Report on vaccination in Madras 1904-1921 - 1904-1921
Year: 1904
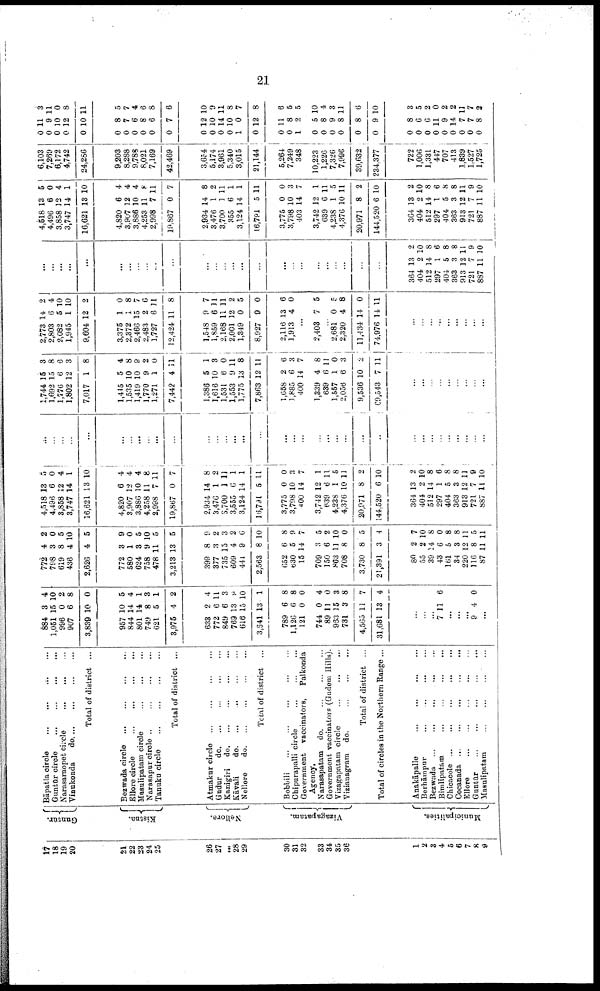
21
17
18
19
20
21
22
23
24
25
26
27
...
28
29
30
31
32
33
34
35
36
1
2
3
4
5
6
7
8
9
Guntūr.
Kistna.
Nellore.
Vizagapatam.
Municipalities.
Bāpatla circle ... ... ... ...
Guntūr circle
...
...
...
...
Narasaraopet circle
...
...
...
Vinukonda
d
o
. ... ... ... ...
Total of district ...
Bezwada circle ... ... ... ...
Ellore circle
...
...
...
...
Masulipatam circle
...
...
...
Narasapur circle
...
...
...
...
Tanuku circle
...
...
...
...
Total of district ...
Atmakur circle
...
...
...
...
Gudur
d
o
. ... ... ... ...
Kanigiri d
o
. ... ... ... ...
Kāvali
d
o
. ... ... ... ...
Nellore
do.
...
...
...
...
Total of district ...
Bobbili
...
...
...
...
...
Chipurapalli circle
...
...
...
Government vaccinators,
Palkonda
Agency.
Narasapatam do.
...
...
...
Government vaccinators (Gudem Hills).
Vizagapatam circle
...
...
...
Vizianagram do.
...
...
...
Total of district ...
Total of circles in the Northern Range ...
Anakāpalle
...
...
...
...
Berhāmpur
...
...
...
...
Bezwada ... ... ... ... ...
Bimlipatam ... ... ... ...
Chicacole
...
...
...
...
...
Cocanada
...
...
...
...
...
Ellore
...
...
...
...
...
Guntūr
...
...
...
...
...
Masulipatam
...
...
...
...
884
1,051
996
907
3,839
957
844
801
749
621
3,975
633
772
849
769
616
3,641
789
1,126
121
744
89
963
731
4,565
31,681
3
15
0
6
10
10
14
14
8
5
4
2
6
6
13
15
13
6
6
0
0
11
15
3
11
13
4
10
2
8
0
5
4
1
3
1
2
4
11
3
9
10
1
8
8
0
4
0
3
8
7
4
...
...
...
7 11 6
...
...
...
9 4 0
...
772
798
619
436
2,626
772
580
624
758
478
3,213
399
377
735
609
441
2,563
652
630
15
709
150
863
708
3,730
21,391
80
55
39
43
161
34
220
116
87
4
3
8
4
4
3
1
3
9
11
13
8
3
15
4
9
8
6
5
14
3
6
11
8
8
3
2
2
14
6
5
3
12
8
11
2
0
5
10
5
9
0
5
10
5
5
9
2
3
2
6
10
8
9
7
5
2
10
0
5
4
7
10
8
0
8
8
11
5
11
4,518
4,496
3,858
3,747
16,621
4,820
3,907
3,886
4,258
2,998
19,867
2,934
3,476
3,700
3,555
3,124
16,791
3,775
3,708
400
3,742
639
4,238
4,376
20,971
144,520
364
404
512
297
404
363
913
721
887
13
6
12
14
13
6
12
10
11
7
0
14
1
1
6
14
5
0
10
14
12
6
1
10
8
6
13
2
14
1
5
3
12
7
11
5
0
4
1
10
4
4
4
8
11
7
8
2
11
1
1
11
0
3
7
1
11
5
11
2
10
2
10
8
6
8
8
11
9
10
...
...
...
...
...
...
...
...
...
...
...
...
...
...
...
...
...
...
...
...
...
...
...
...
...
...
...
...
...
...
...
...
...
...
...
1,744
1,692
1,776
1,802
7,017
1,445
1,535
1,419
1,770
1,271
7,442
1,386
1,616
1,531
1,553
1,775
7,863
1,658
1,885
400
1,339
639
1,557
2,056
9,536
69,543
15
15
6
12
1
5
10
10
9
1
4
5
10
6
9
13
12
2
6
14
4
6
1
6
10
7
3
8
6
3
8
4
8
9
2
0
11
1
3
0
11
8
11
6
3
7
8
11
0
3
2
1 1
...
...
...
...
...
...
...
...
...
2,773
2,803
2,082
1,945
9,604
3,375
2,372
2,466
2,483
1,727
12,424
1,548
1,859
2,168
2,001
1,349
8,927
2,116
1,913
14
6
5
1
12
1
1
15
2
6
11
9
6
11
12
0
9
13
4
2
4
10
10
2
0
8
7
6
11
8
7
11
11
2
5
0
6
0
...
2,403 7 5
...
2,681
2,320
11,434
74,976
0
4
14
14
5
8
0
11
...
...
...
...
...
...
...
...
...
...
...
...
...
...
...
...
...
...
...
...
...
...
...
...
...
...
...
...
...
...
...
...
...
...
...
364
404
512
297
404
363
913
721
887
13
2
14
1
5
3
12
7
11
2
10
8
6
8
8
11
9
10
4,518
4,496
3,858
3,747
16,621
4,820
3,907
3,886
4,253
2,998
19,867
2,934
3,476
3,700
355
3,124
16,791
3,775
3,798
403
3,742
639
4,238
4,376
20,971
144,520
364
404
512
297
404
363
913
721
887
13
6
12
14
13
6
12
10
11
7
0
14
1
1
6
14
5
0
10
14
12
6
1
10
8
6
13
2
14
1
5
3
12
7
11
5
0
4
1
10
4
4
4
8
11
7
8
2
11
1
1
11
0
3
7
1
11
5
11
2
10
2
10
8
6
8
8
11
9
10
6,103
7,269
6,172
4,742
24,286
9,203
8,288
9,788
8,021
7,169
42,469
3,654
5,174
3,961
5,340
3,015
21,144
5,264
7,249
348
10,223
1,226
7,326
7,996
39,632
234,377
722
1,006
1,331
447
707
413
1,839
1,527
1,725
0
0
0
0
0
0
0 0
0
0
0
0
0 0
0
1
0
0
0
1
0
0
0
0
0
0
0
0
0
0
0
0
0
0
0
11
9
10
12
10
8
7
6
8
6
7
12
10
14
10
0
12
11
8
2
5
8
9
8
8
9
8
6
6
11
9
14
7
7
8
3
11
0
8
11
5
7
4
6
8
6
10
9
11
8
7
8
6
5
5
10
4
3
11
6
10
3
5
2
0
2
2
11
7
2